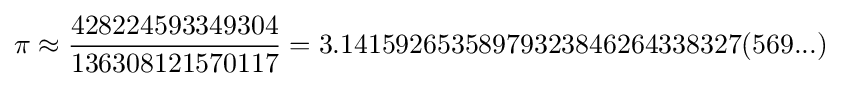
\pi \approx {\frac {428224593349304}{136308121570117}}=3.14159265358979323846264338327(569...)